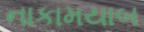
નાકામયાબ